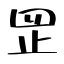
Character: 𦊆